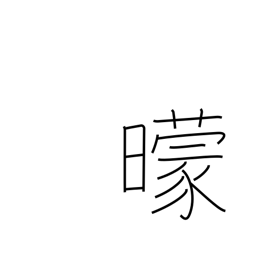
Meaning: darkness